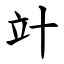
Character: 竍